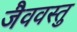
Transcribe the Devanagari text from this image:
जैववस्तु